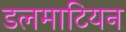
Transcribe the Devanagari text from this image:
डलमाटियन